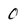
Character: 0